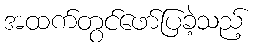
အထက်တွင်ဖော်ပြခဲ့သည့်